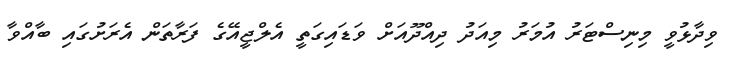
ވިދާޅުވީ މިނިސްޓަރު އުމަރު މިއަދު ދިއްދޫއަށް ވަޑައިގަތީ އެލްޖީއޭގެ ފަރާތަން އެރަށުގައި ބާއްވާ